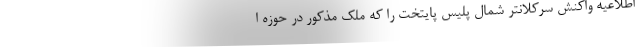
اطلاعیه واکنش سرکلانتر شمال پلیس پایتخت را که ملک مذکور در حوزه ا